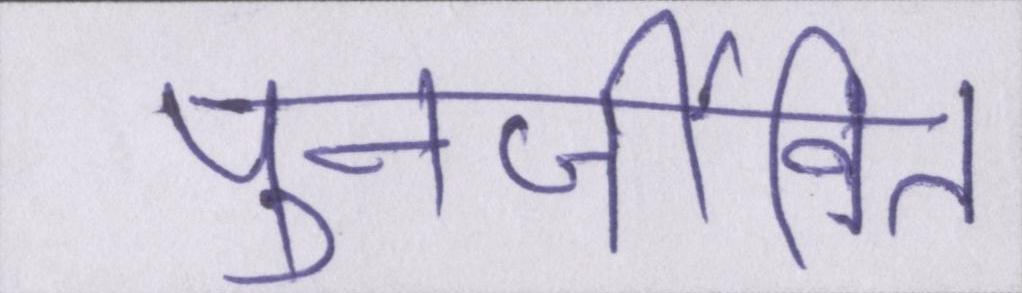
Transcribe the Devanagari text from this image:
पुनर्जीवित